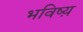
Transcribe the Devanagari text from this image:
भविष्य़